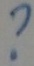
Text: ?